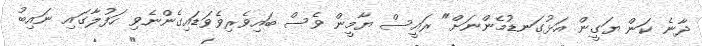
ދާނެ ކަން ޔަގީން އަޅުގަނޑުމެންނަށް" ރައީސް ޔާމީން ވެސް ބައިވެރިވެވަޑައިގެންނެވި ހަފުލާގައި ނައިބު